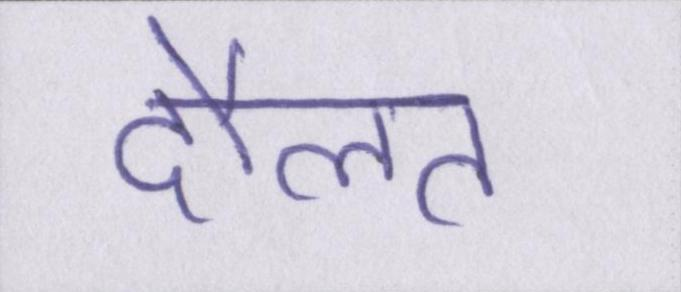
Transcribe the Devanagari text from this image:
दौलत